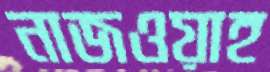
নাজওয়াহ